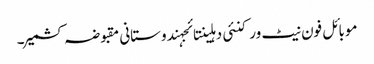
موبائل فون نیٹ ورکنئی دہلینتائجہندوستانی مقبوضہ کشمیر۔